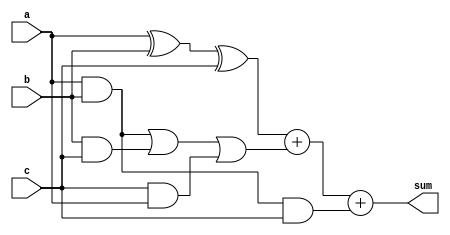
module carry_save_adder (
  input [3:0] a, b, c,
  output [3:0] sum
);

wire [3:0] s, c1, c2;

assign s = a ^ b ^ c;
assign c1 = a & b | b & c | c & a;
assign c2 = a & b & c;

assign sum = s + c1 + c2;

endmodule